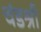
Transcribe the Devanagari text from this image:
चंडश्री